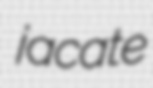
jacate